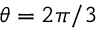
\theta = 2 \pi / 3